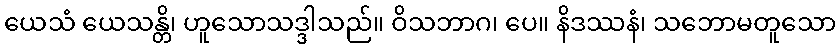
ယေသံ ယေသန္တိ၊ ဟူသောသဒ္ဒါသည်။ ဝိသဘာဂ၊ ပေ။ နိဒဿနံ၊ သဘောမတူသော